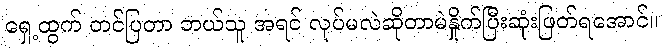
ရှေ့ထွက် တင်ပြတာ ဘယ်သူ အရင် လုပ်မလဲဆိုတာမဲနှိုက်ပြီးဆုံးဖြတ်ရအောင်။